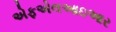
એફએલઆઇઆર